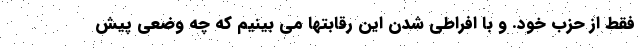
فقط از حزب خود. و با افراطی شدن این رقابتها می بینیم که چه وضعی پیش